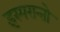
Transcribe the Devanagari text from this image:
इस्परान्तो